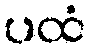
ပထံ